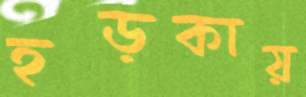
হড়কায়